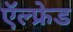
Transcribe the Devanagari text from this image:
ऍल्फ्रेड